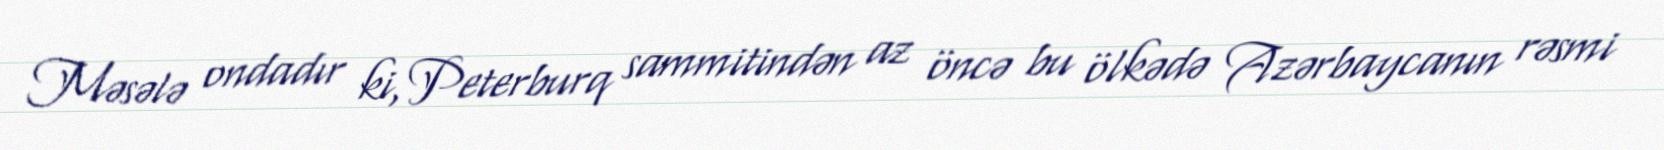
Məsələ ondadır ki, Peterburq sammitindən az öncə bu ölkədə Azərbaycanın rəsmi